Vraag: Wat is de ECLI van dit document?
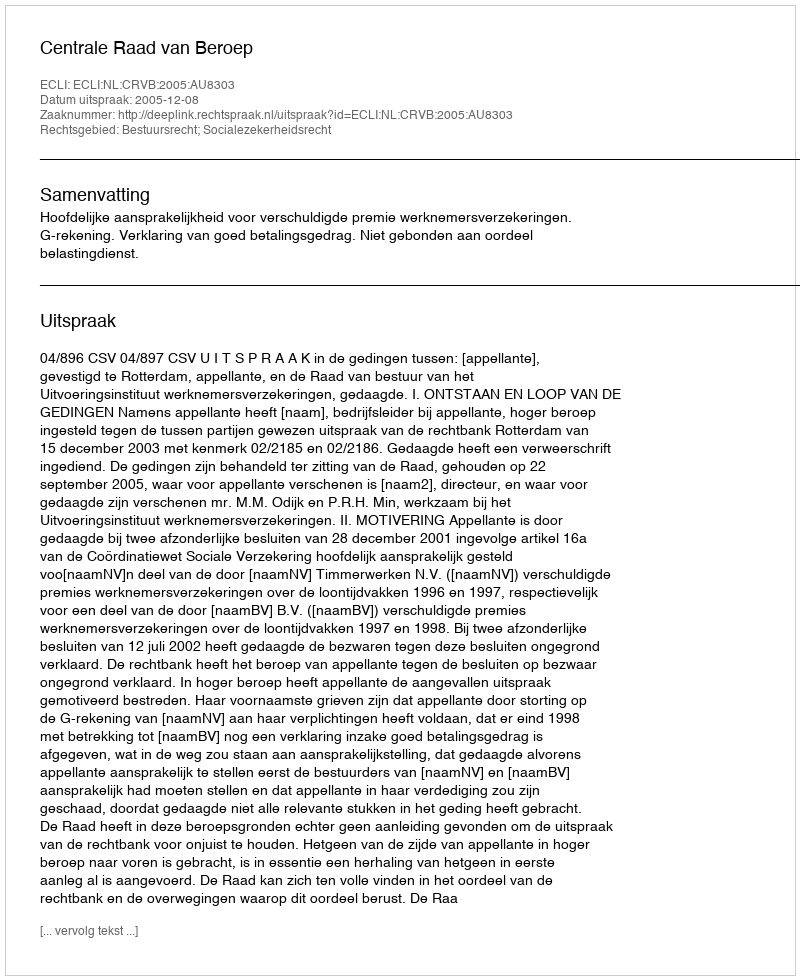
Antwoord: ECLI:NL:CRVB:2005:AU8303